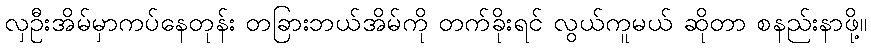
လှဦးအိမ်မှာကပ်နေတုန်း တခြားဘယ်အိမ်ကို တက်ခိုးရင် လွယ်ကူမယ် ဆိုတာ စနည်းနာဖို့။